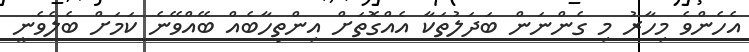
އެހެންވެ މިހާރު މި ގެންނަން ބަދަލުތަކާ އެއްގޮތަށް އިންތިހާބެއް ބޭއްވޭނެ ކަމަށް ބެލެވެނީ